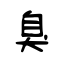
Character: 臭